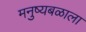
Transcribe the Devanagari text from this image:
मनुष्यबळाला